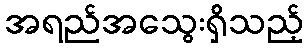
အရည်အသွေးရှိသည့်